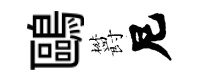
鷗欝尼